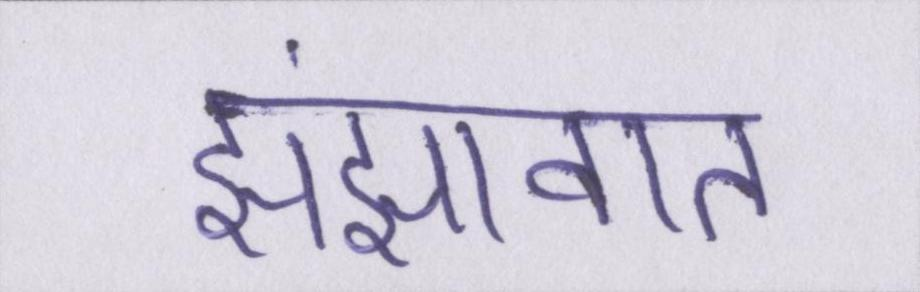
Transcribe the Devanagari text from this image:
झंझावात